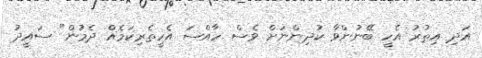
އަދި އިތުރު އެހީ ބޭނުންވާ ކުދިންނަށް ވެސް ހާއްސަ އެހީތެރިކަމެއް ދެމުން" ސައީދު